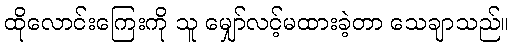
ထိုလောင်းကြေးကို သူ မျှော်လင့်မထားခဲ့တာ သေချာသည်။